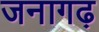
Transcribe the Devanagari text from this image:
जनागढ़